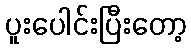
ပူးပေါင်းပြီးတော့